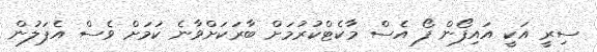
ސިރީ އަކީ އައިފޯން ފޯ އެސް މާކެޓްކުރުމަށް ބާރަކަށްވާނެ ކަމަށް ވެސް އެޕަލުން